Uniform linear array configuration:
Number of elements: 32
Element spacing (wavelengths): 0.25
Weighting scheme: hann
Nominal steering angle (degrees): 60
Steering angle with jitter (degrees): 61.667
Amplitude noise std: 0.05
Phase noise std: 0.05

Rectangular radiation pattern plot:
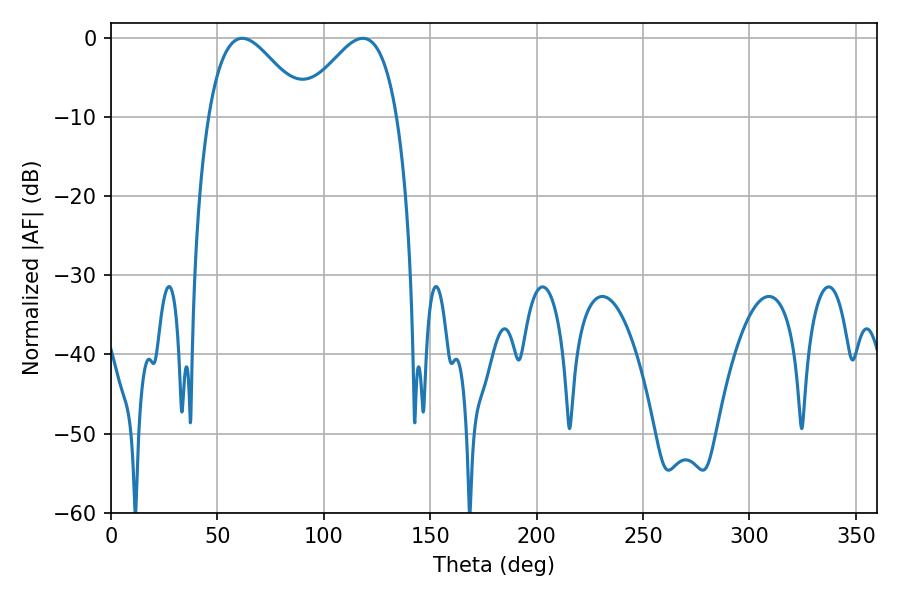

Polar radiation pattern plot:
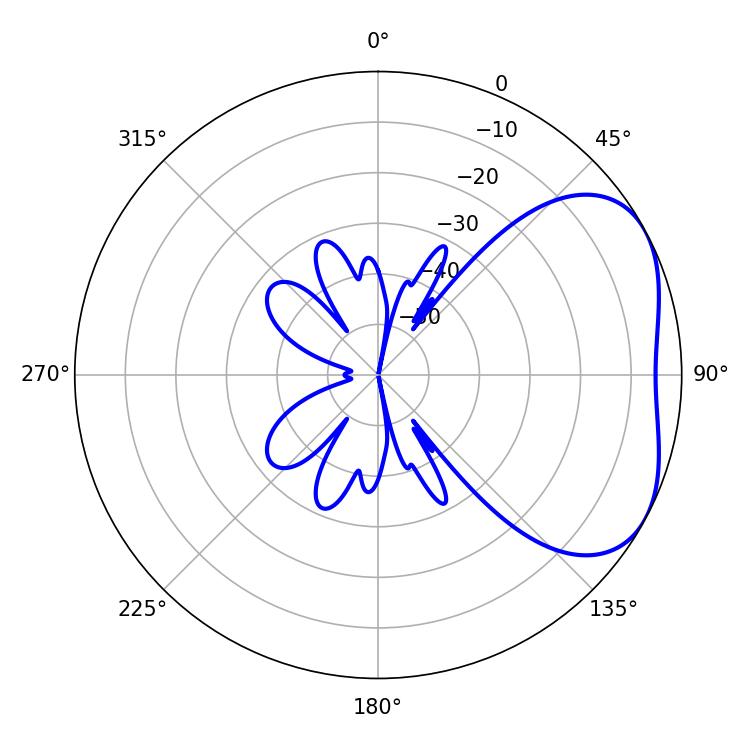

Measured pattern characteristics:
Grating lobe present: FALSE
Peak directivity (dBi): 3.812
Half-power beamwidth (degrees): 24.48
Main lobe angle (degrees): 61.74